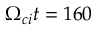
\Omega _ { c i } t = 1 6 0